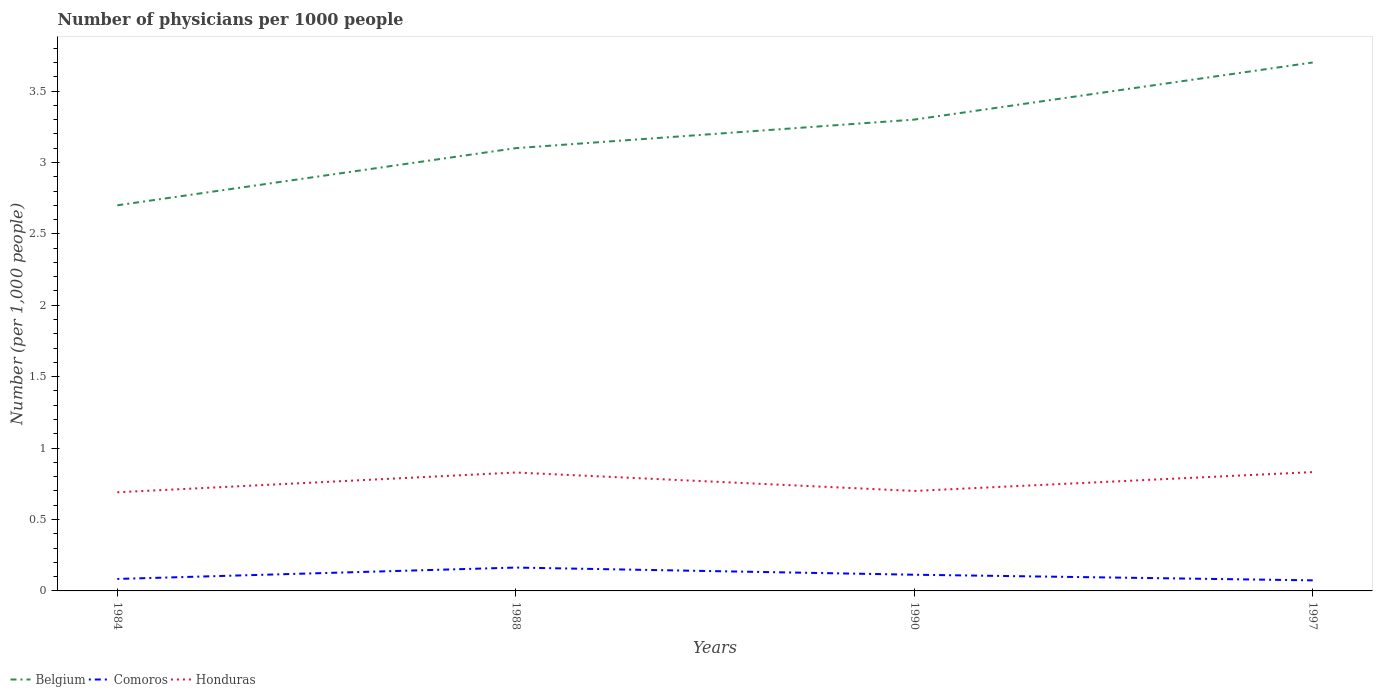
| Years | Belgium | Comoros | Honduras |
 | --- | --- | --- | --- |
 | 1984 | 2.7 | 0.0839 | 0.691 |
 | 1988 | 3.1 | 0.163 | 0.829 |
 | 1990 | 3.3 | 0.113 | 0.7 |
 | 1997 | 3.7 | 0.074 | 0.832 |